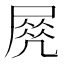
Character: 𡲵